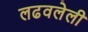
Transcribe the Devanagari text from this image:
लढवलेली